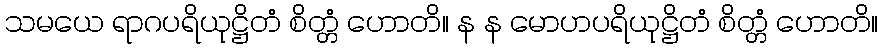
သမယေ ရာဂပရိယုဋ္ဌိတံ စိတ္တံ ဟောတိ။ န န မောဟပရိယုဋ္ဌိတံ စိတ္တံ ဟောတိ။